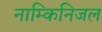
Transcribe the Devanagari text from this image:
नाम्किनिजल